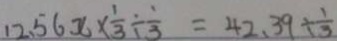
1 2 . 5 6 x \times \frac { 1 } { 3 } \div \frac { 1 } { 3 } = 4 2 . 3 9 \div \frac { 1 } { 3 }